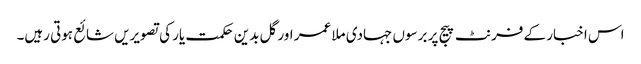
اس اخبار کے فرنٹ پیج پر برسوں جہادی ملا عمر اور گل بدین حکمت یار کی تصویریں شائع ہوتی رہیں۔